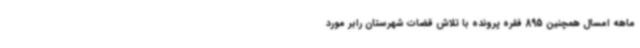
ماهه امسال همچنین 895 فقره پرونده با تلاش قضات شهرستان رابر مورد